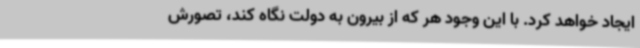
ایجاد خواهد کرد. با این وجود هر که از بیرون به دولت نگاه کند، تصورش